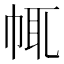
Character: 㡇